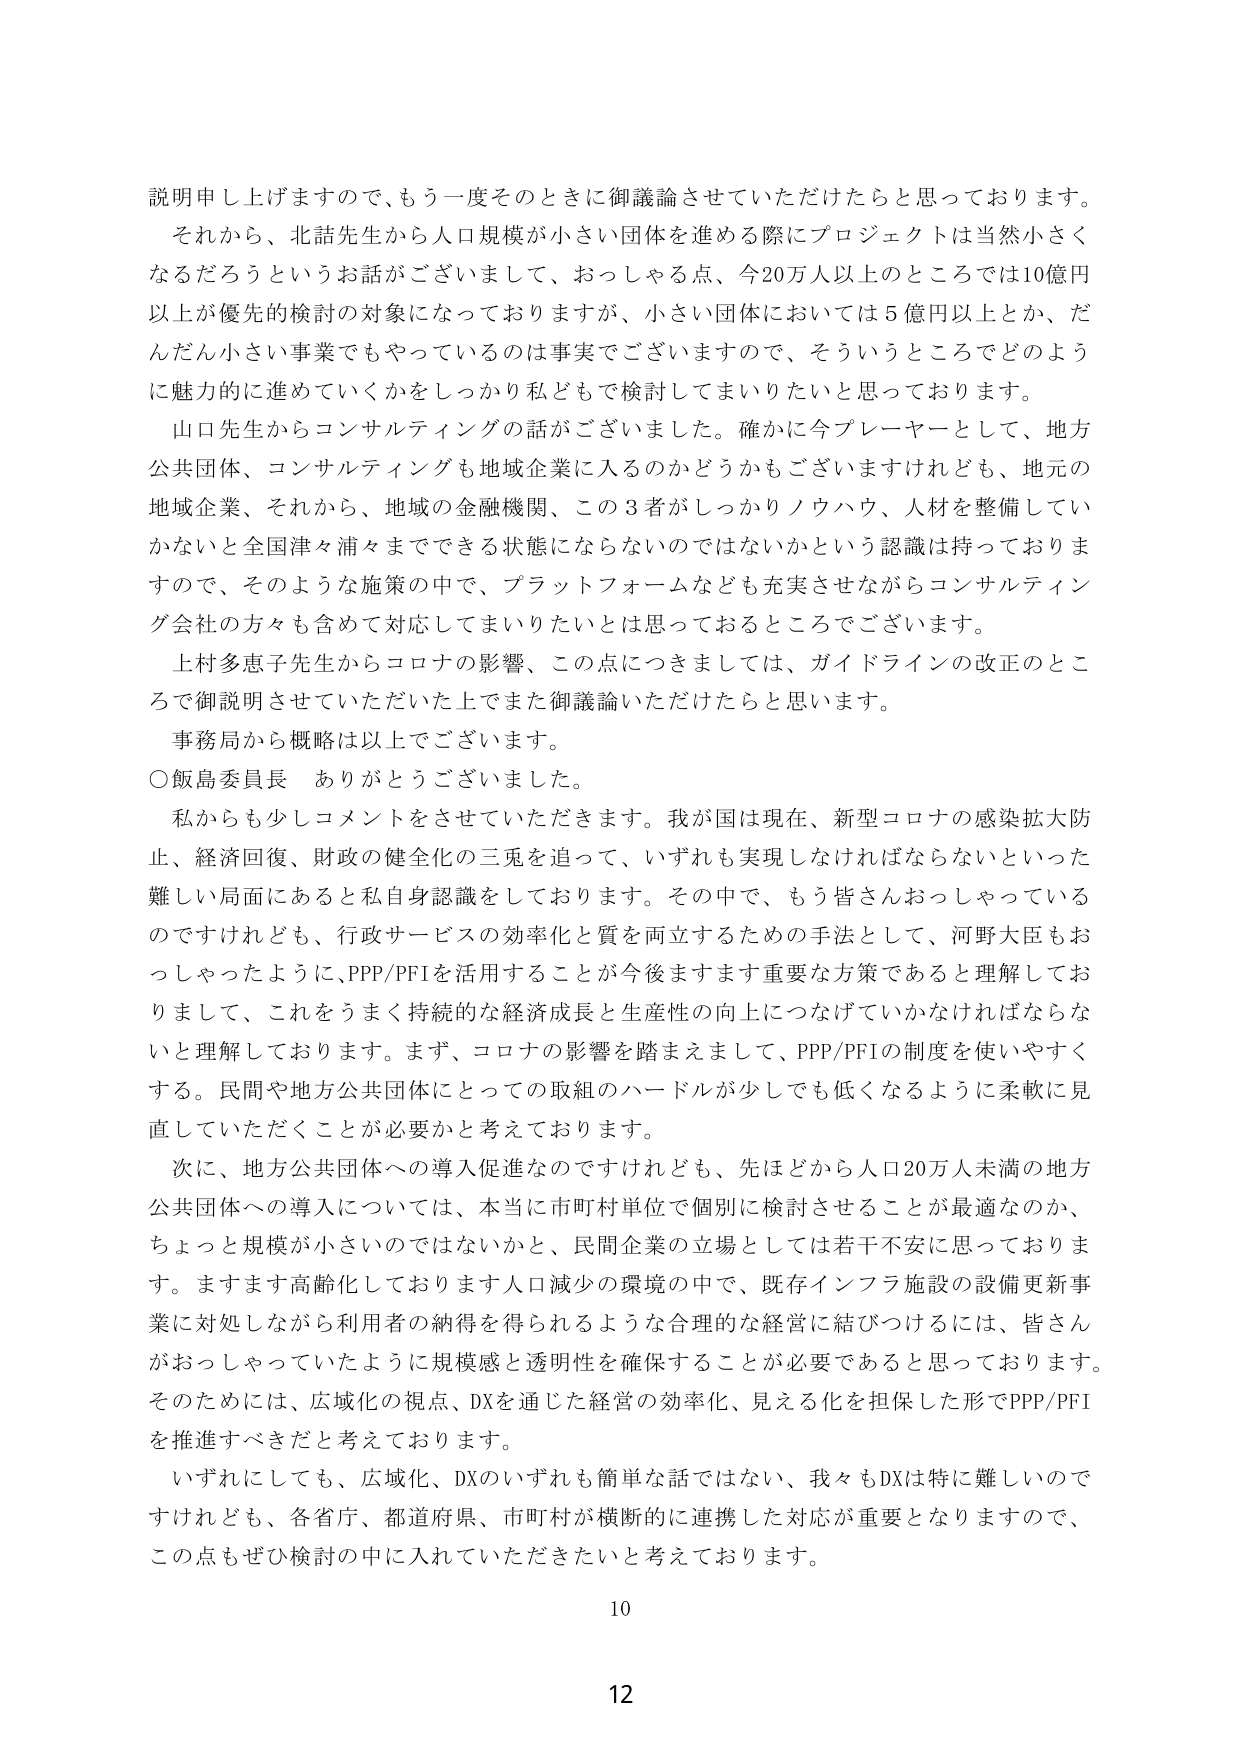
説明申し上げますので、もう一度そのときに御議論させていただけたらと思っております。
それから、北詰先生から人口規模が小さい団体を進める際にプロジェクトは当然小さくなるだろうというお話がございまして、おっしゃる点、今20万人以上のごろでは10億円以上が優先的検討の対象になっておりますが、小さい団体においては5億円以上とか、だんだん小さい事業でもやっているのは事実でございますので、そういうところでどのように魅力的に進めていくかをしっかり私どもで検討してまいりたいと思っております。
山口先生からコンサルティングの話がございました。確かに今プレイヤーとして、地方公共団体、コンサルティングも地域企業に入るのかどうかもございますけれども、地元の地域企業、それから、地域の金融機関、この3者がしっかりノウハウ、人材を整備していかないと全国津々浦々までできる状態にならないのではないかという認識は持っておりまして、そのような施策の中で、プラットフォームなども充実させながらコンサルティング会社の方々も含めて対応してまいりたいとは思っております。
上村多恵子先生からコロナの影響、この点につきましては、ガイドラインの改正のところで御説明させていただいた上でまた御議論いただけたらと思います。
事務局から概略は以上でございます。
○飯島委員長 ありがとうございました。
私からも少しコメントをさせていただきます。我が国は現在、新型コロナの感染拡大防止、経済回復、財政の健全化の三兎を追って、いずれも実現しなければならないといった難しい局面にあると私自身認識しております。その中で、もう皆さんおっしゃっているのですけれども、行政サービスの効率化と質を両立するための手法として、河野大臣もおっしゃったように、PPP/PFIを活用することが今後ますます重要な方策であると理解しておりまして、これをうまく持続的な経済成長と生産性の向上につなげていかなければならないと理解しております。まず、コロナの影響を踏まえまして、PPP/PFIの制度を使いやすくする。民間や地方公共団体にとっての取組のハードルが少しでも低くなるように柔軟に見直していただくことが必要だと考えております。
次に、地方公共団体への導入促進なのですが、先ほどから人口20万人未満の地方公共団体への導入については、本当に市町村単位で個別に検討させることが最適なのか、ちょっと規模が小さいのではないかなと、民間企業の立場としては若干不安に思っております。ますます高齢化しております人口減少の環境の中で、既存インフラ施設の設備更新事業に対処しながら利用者の納得を得られるような合理的な経営に結びつけるには、皆さんがおっしゃっていたように規模感と透明性を確保することが必要であると思っております。そのためには、広域化の視点、DXを通じた経営の効率化、見える化を担保した形でPPP/PFIを推進すべきだと考えております。
いずれにしても、広域化、DXのいずれも簡単な話ではない、我々もDXは特に難しいのですけれども、各省庁、都道府県、市町村が横断的に連携した対応が重要となりますので、この点もぜひ検討の中に入れていただきたいと考えております。
10
12